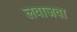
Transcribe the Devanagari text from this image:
लवाजवा